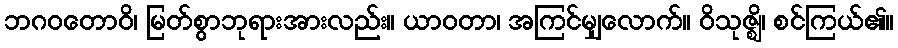
ဘဂဝတောဝိ၊ မြတ်စွာဘုရားအားလည်း။ ယာဝတာ၊ အကြင်မျှလောက်။ ဝိသုဇ္ဈိ၊ စင်ကြယ်၏။